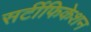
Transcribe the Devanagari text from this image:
सर्टीफिकेशन